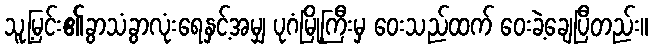
သူ့မြင်း၏ခွာသံခွာလုံးရေနှင့်အမျှ ပုဂံမြို့ကြီးမှ ဝေးသည်ထက် ဝေးခဲ့ချေပြီတည်း။